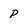
Character: p